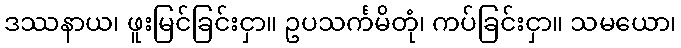
ဒဿနာယ၊ ဖူးမြင်ခြင်းငှာ။ ဥပသင်္ကမိတုံ၊ ကပ်ခြင်းငှာ။ သမယော၊